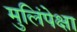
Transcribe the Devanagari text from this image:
मुलिंपेक्षा